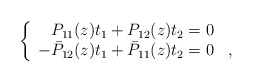
\begin{align*}\left\{\begin{array}{rl}P_{11}(z)t_1+P_{12}(z)t_2=0& \\-\bar{P}_{12}(z)t_1+\bar{P}_{11}(z)t_2=0& ,\end{array}\right.\end{align*}